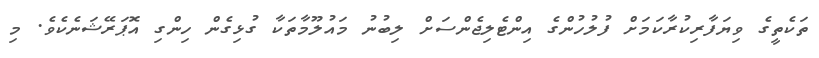
ތަކެތީގެ ވިޔަފާރިކުރާކަމަށް ފުލުހުންގެ އިންޓެލިޖެންސަށް ލިބުނު މައުލޫމާތަކާ ގުޅިގެން ހިންގި އޮޕަރޭޝަނެކެވެ. މި